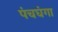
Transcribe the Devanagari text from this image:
पंचघंगा